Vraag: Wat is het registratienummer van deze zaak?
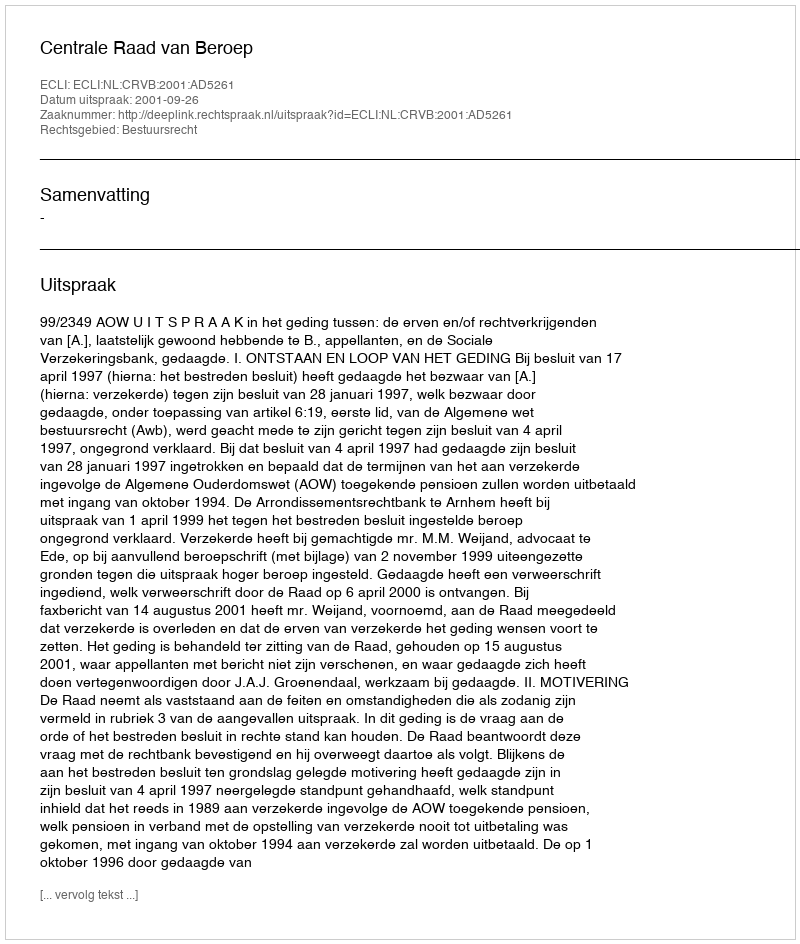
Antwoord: http://deeplink.rechtspraak.nl/uitspraak?id=ECLI:NL:CRVB:2001:AD5261